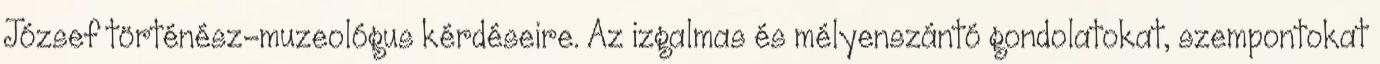
József történész-muzeológus kérdéseire. Az izgalmas és mélyenszántó gondolatokat, szempontokat